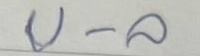
บ - ล